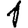
Digit: 1